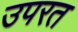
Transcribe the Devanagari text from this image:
उपरत